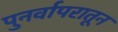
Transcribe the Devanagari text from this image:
पुनर्वापरातून